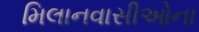
મિલાનવાસીઓના